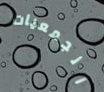
الجمعيات